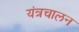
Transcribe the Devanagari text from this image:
यंत्रचालन